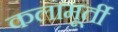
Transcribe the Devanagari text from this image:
कलामूर्ती